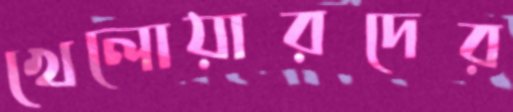
খেলোয়ারদের